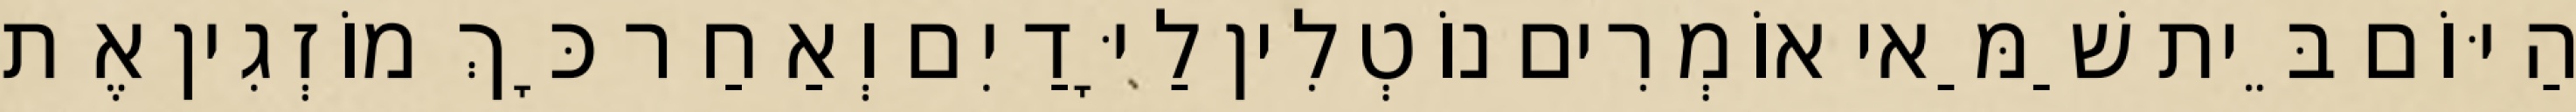
הַיּוֹם בֵּית שַׁמַּאי אוֹמְרִים נוֹטְלִין לַיָּדַיִם וְאַחַר כָּךְ מוֹזְגִין אֶת